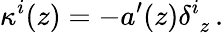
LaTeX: \kappa^{i}(z)=-a^{\prime}(z)\delta_{\; z}^{i}\, .